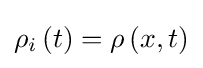
{\rho }_{i}\left(t\right)=\rho \left(x,t\right)